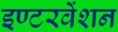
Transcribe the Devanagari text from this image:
इण्टरवेंशन